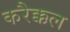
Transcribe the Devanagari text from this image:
करैक्कल